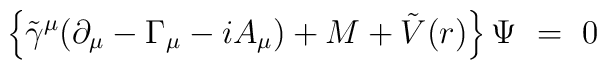
\left\{ {\tilde \gamma }^\mu (\partial _\mu -\Gamma _\mu-iA_\mu )+{M}+\tilde V(r)\right\} \Psi ~=~0